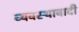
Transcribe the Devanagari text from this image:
व्यवस्थावादी